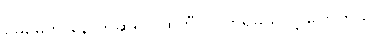
မေမေက နောက်ဆိုရင် ထဘီပဲ ဝတ်ရမယ်လို့ ပြောတယ်